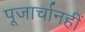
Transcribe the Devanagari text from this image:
पूजार्चानहीं